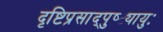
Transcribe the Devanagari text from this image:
दृष्टिप्रसाद्पुष्ट्यायुः